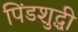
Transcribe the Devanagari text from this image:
पिंडशुद्धी